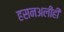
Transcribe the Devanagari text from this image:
हसनअलीही